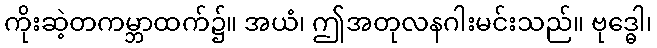
ကိုးဆဲ့တကမ္ဘာထက်၌။ အယံ၊ ဤအတုလနဂါးမင်းသည်။ ဗုဒ္ဓေါ၊